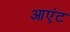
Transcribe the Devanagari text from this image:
आएंट